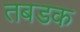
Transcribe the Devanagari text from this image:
तबडक